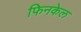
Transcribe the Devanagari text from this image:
फिनकेल